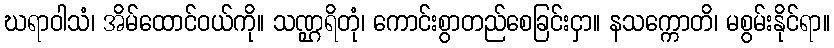
ဃရာဝါသံ၊ အိမ်ထောင်ဝယ်ကို။ သဏ္ဌရိတုံ၊ ကောင်းစွာတည်စေခြင်းငှာ။ နသက္ကောတိ၊ မစွမ်းနိုင်ရာ။